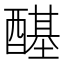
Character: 𲆺